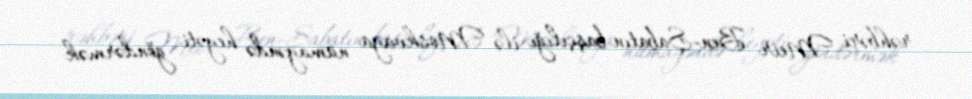
rəhbəri Meir Ben-Şabatın başçılığı ilə Moskvaya nümayəndə heyəti göndərmək